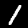
Label: 1